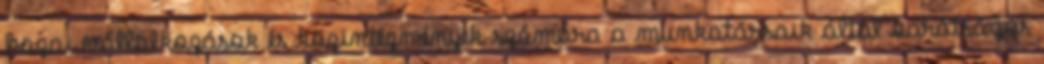
hazai vállalkozások és közintézmények számára a munkatársaik által barátságos